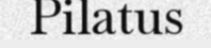
Pilatus